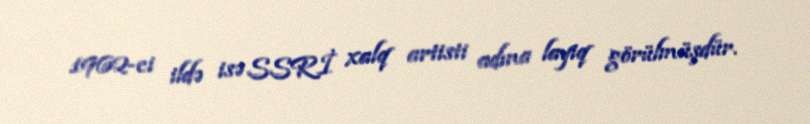
1962-ci ildə isə SSRİ xalq artisti adına layiq görülmüşdür.